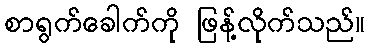
စာရွက်ခေါက်ကို ဖြန့်လိုက်သည်။